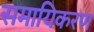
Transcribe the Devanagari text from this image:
समायिकरण